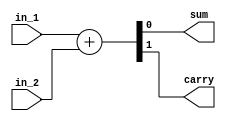
module half_adder
(
	input	wire	in_1,
	input	wire	in_2,
	output	wire		sum, //output tybe using wire for use assign syntax give the carry & sum value.
	output	wire		carry
);

assign {carry,sum} = in_1 + in_2;//{carry,sum} is 2 bit width which combined the in_1 plus in_2.


endmodule